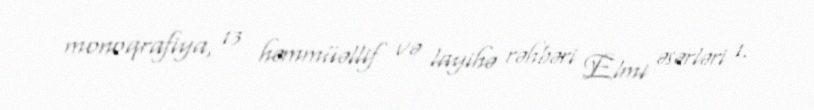
monoqrafiya, 13 həmmüəllif və layihə rəhbəri Elmi əsərləri 1.